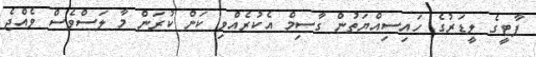
ޕާޓީގެ ލީޑަރުގެ ހައިސިއްޔަތުން ގާސިމް އެކުރެއްވި ކަން ކުރަން މާ ލަސްވެސް ވެއްޖެ